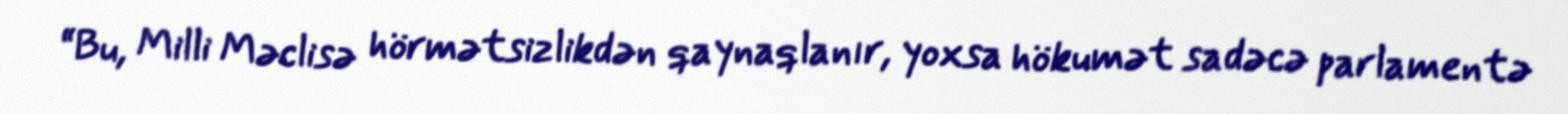
“Bu, Milli Məclisə hörmətsizlikdən qaynaqlanır, yoxsa hökumət sadəcə parlamentə